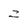
Character: Z